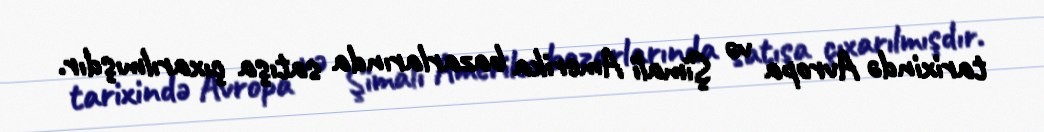
tarixində Avropa və Şimali Amerika bazarlarında satışa çıxarılmışdır.